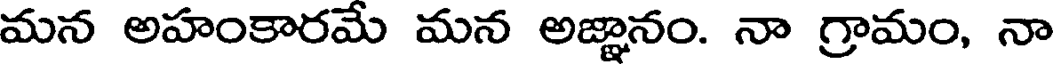
మన అహంకారమే మన అజ్ఞానం. నా గ్రామం, నా